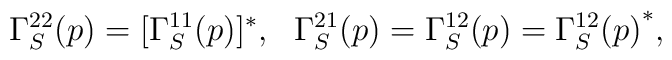
\Gamma_S^{22}(p)=[\Gamma_S^{11}(p)]^*, \ \ \Gamma_S^{21}(p)= \Gamma_S^{12}(p)= {\Gamma_S^{12}(p)}^*,